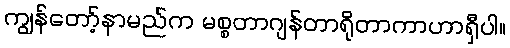
ကျွန်တော့်နာမည်က မစ္စတာဂျန်တာရိုတာကာဟာရှီပါ။